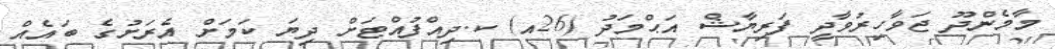
މާމެންދޫ ޖަވާހިރުވާދީ ފަރިޔާޝް އަޙްމަދު (26އ) ކ.ދިއްފުއްޓަށް ދިޔަ ކަމަށް އެރަށުގެ ބައެއް